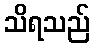
သိရသည်